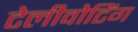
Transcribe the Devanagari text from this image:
टेलीवोटिंग